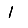
Digit: 1